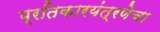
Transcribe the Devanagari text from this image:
प्रतिकारयंत्रणेचा